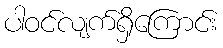
ပါဝင်လျက်ရှိကြောင်း